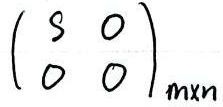
$\begin{pmatrix} s & 0 \\ 0 & 0 \end{pmatrix}_{m\times n}$